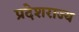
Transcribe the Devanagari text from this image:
प्रदेशराज्य